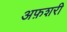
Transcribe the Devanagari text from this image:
अफ़शरी